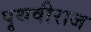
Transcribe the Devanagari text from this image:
पृथवीराज